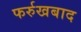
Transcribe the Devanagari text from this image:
फर्रुखबाद